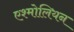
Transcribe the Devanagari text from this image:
एश्मोलियन